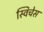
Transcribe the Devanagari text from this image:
स्विचेस